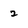
Character: 2